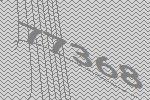
77368